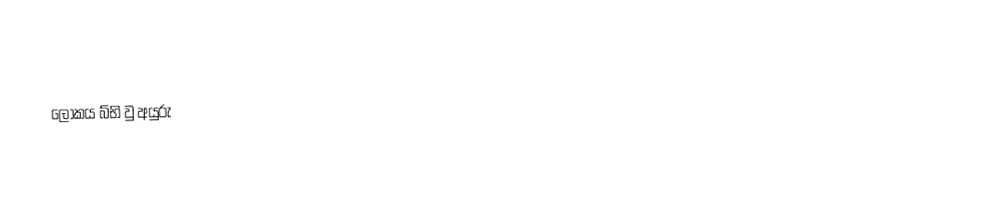
ලොකය බ්භි වු අයුරු